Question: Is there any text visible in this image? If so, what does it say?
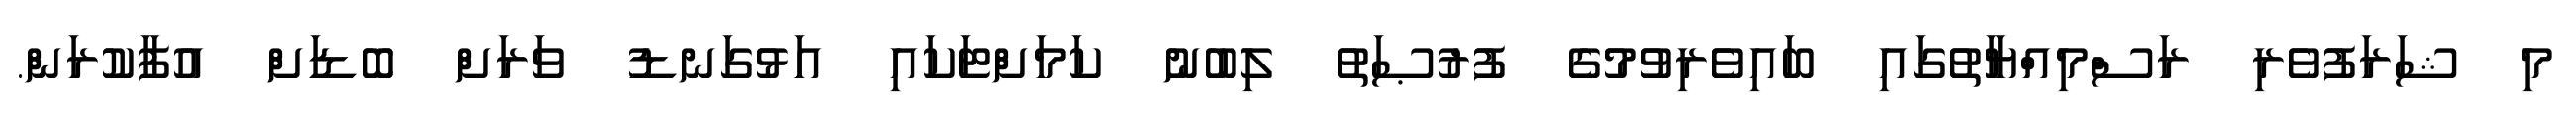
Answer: މި ޝަރަފުވެރި ރަސްމިއްޔާތުގައި ބައިވެރިވުމުގެ ފުރުޞަތު ލިބުނު ކަމަށްޓަކައި އަޅުގަނޑު ވަރަށް ބޮޑަށް އުފާކުރަން.